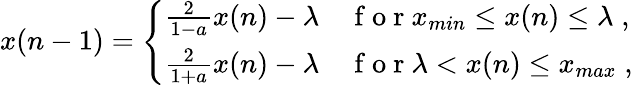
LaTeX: x(n-1)=\left\{ \begin{array}{ll}{\frac{2}{1-a}x(n)-\lambda}&{\mathrm{~f~o~r~}x_{min}\leq x(n)\leq\lambda\; ,}\\ {\frac{2}{1+a}x(n)-\lambda}&{\mathrm{~f~o~r~}\lambda<x(n)\leq x_{max}\; ,}\end{array}\right.